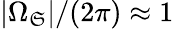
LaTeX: |\Omega_{\mathfrak{S}}|/(2\pi)\approx1